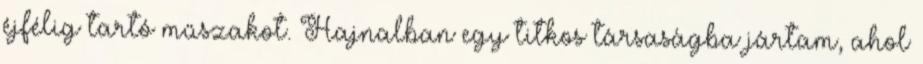
éjfélig tartó műszakot. Hajnalban egy titkos társaságba jártam, ahol